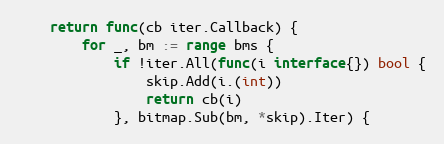
Language: Go
	return func(cb iter.Callback) {
		for _, bm := range bms {
			if !iter.All(func(i interface{}) bool {
				skip.Add(i.(int))
				return cb(i)
			}, bitmap.Sub(bm, *skip).Iter) {